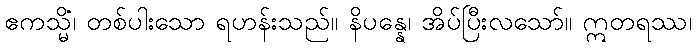
ဧကသ္မိံ၊ တစ်ပါးသော ရဟန်းသည်။ နိပန္နေ၊ အိပ်ပြီးလသော်။ ဣတရဿ၊